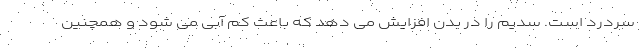
سردرد است. سدیم را در بدن افزایش می دهد که باعث کم آبی می شود و همچنین